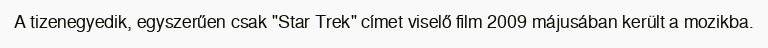
A tizenegyedik, egyszerűen csak "Star Trek" címet viselő film 2009 májusában került a mozikba.